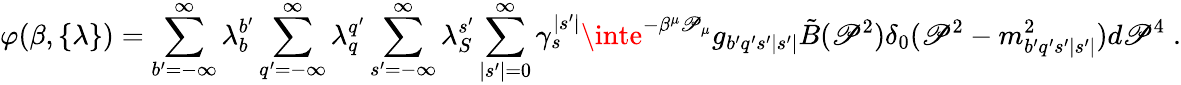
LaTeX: \varphi(\beta,\{ \lambda\} )=\sum_{b^{\prime}=-\infty}^{\infty}\lambda_{b}^{b^{\prime}}\sum_{q^{\prime}=-\infty}^{\infty}\lambda_{q}^{q^{\prime}}\sum_{s^{\prime}=-\infty}^{\infty}\lambda_{S}^{s^{\prime}}\sum_{|s^{\prime}|=0}^{\infty}\gamma_{s}^{|s^{\prime}|}\inte^{-\beta^{\mu}\mathscr{P}_{\mu}}g_{b^{\prime}q^{\prime}s^{\prime}|s^{\prime}|}\tilde{{B}}(\mathscr{P}^{2})\delta_{0}(\mathscr{P}^{2}-m_{b^{\prime}q^{\prime}s^{\prime}|s^{\prime}|}^{2})d\mathscr{P}^{4}\; .